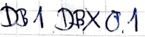
Text: DB1.DBX0.1